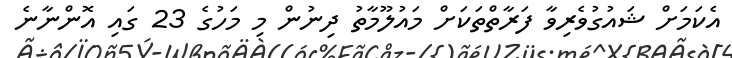
އެކަމަށް ޝައުގުވެރިވާ ފަރާތްތަކަށް މައުލޫމާތު ދިނުން މި މަހުގެ 23 ގައި އޮންނާނެ